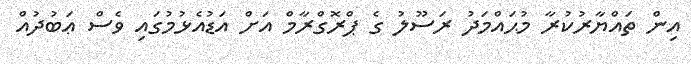
އިން ތައްޔާރުކުރާ މުޙައްމަދު ރަސޫލު ގެ ޕްރޮގްރާމް އަށް އަޑުއެޅުމުގައި ވެސް ޢަބުދުއް